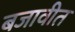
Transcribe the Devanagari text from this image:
बजावीत